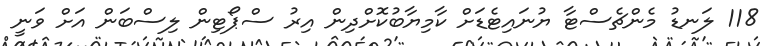
118 ލަނޑު މެންޗެސްޓާ ޔުނައިޓެޑަށް ކާމިޔާބުކޮށްދިން އިރު ސްޕޯޓިން ލިސްބަން އަށް ވަނީ